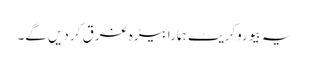
یہ بیوروکریٹ ہمارا بیڑہ غرق کر دیں گے۔